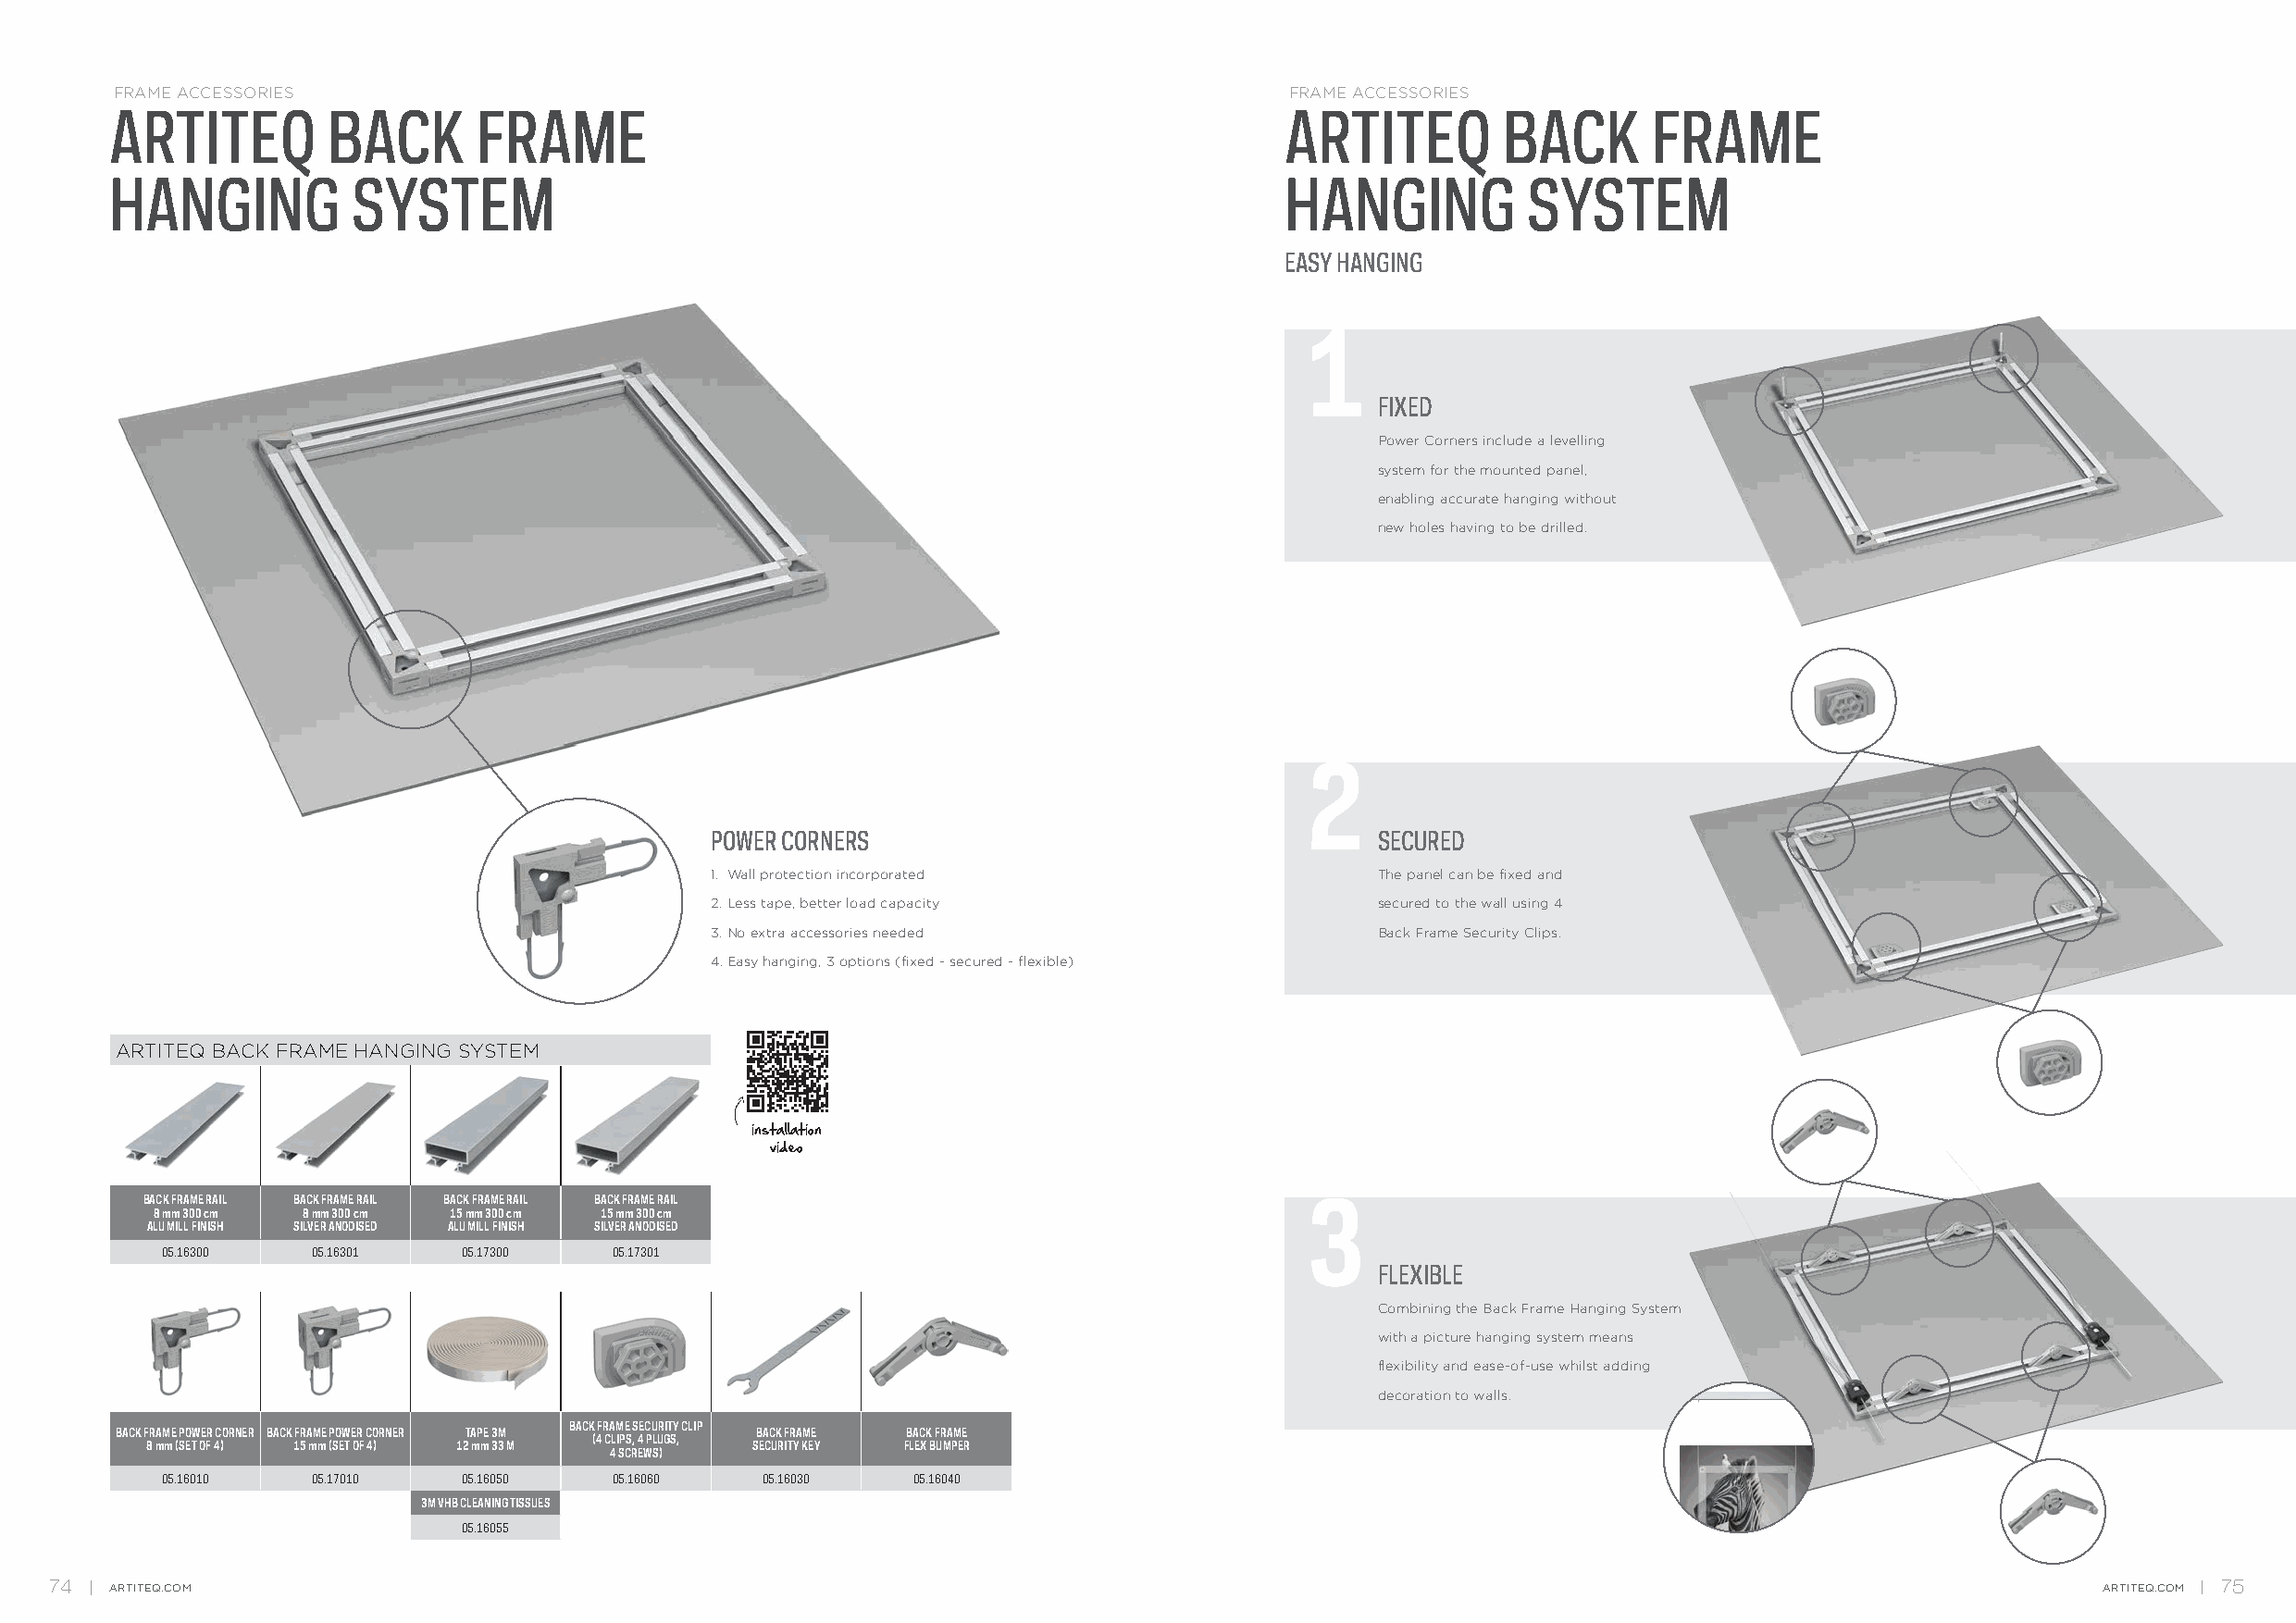
FRAME ACCESSORIES                                                                   FRAME ACCESSORIES
 ARTITEQ        BACK       FRAME                                                     ARTITEQ        BACK       FRAME
 HANGING          SYSTEM                                                             HANGING          SYSTEM
 EASY HANGING
 1
 FIXED
 Power Corners include a levelling
 system for the mounted panel,
 enabling accurate hanging without
 new holes having to be drilled.
 2
 POWER CORNERS                                   SECURED
 1. Wall protection incorporated                 The panel can be fixed and
 2. Less tape, better load capacity              secured to the wall using 4
 3. No extra accessories needed                  Back Frame Security Clips.
 4. Easy hanging, 3 options (fixed - secured - flexible)
 ARTITEQ BACK FRAME HANGING SYSTEM
 installation
 video
 BACK FRAME RAIL BACK FRAME RAIL BACK FRAME RAIL BACK FRAME RAIL
 3
 8 mm 300 cm 8 mm 300 cm 15 mm 300 cm 15 mm 300 cm
 ALU MILL FINISH SILVER ANODISED ALU MILL FINISH SILVER ANODISED
 05.16300  05.16301   05.17300   05.17301
 FLEXIBLE
 Combining the Back Frame Hanging System
 with a picture hanging system means
 flexibility and ease-of-use whilst adding
 decoration to walls.
 BACK FRAME SECURITY CLIP
 BACK FRAME POWER CORNER BACK FRAME POWER CORNER TAPE 3M BACK FRAME BACK FRAME
 (4 CLIPS, 4 PLUGS,
 8 mm (SET OF 4) 15 mm (SET OF 4) 12 mm 33 M SECURITY KEY FLEX BUMPER
 4 SCREWS)
 05.16010  05.17010   05.16050   05.16060   05.16030  05.16040
 3M VHB CLEANING TISSUES
 05.16055
 74   ARTITEQ.COM                                                                                                                                   ARTITEQ.COM 75